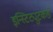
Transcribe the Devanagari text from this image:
इन्स्टिट्युटकडे